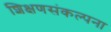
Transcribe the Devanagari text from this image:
शिक्षणसंकल्पना